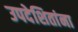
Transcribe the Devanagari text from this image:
उपदेशितांना